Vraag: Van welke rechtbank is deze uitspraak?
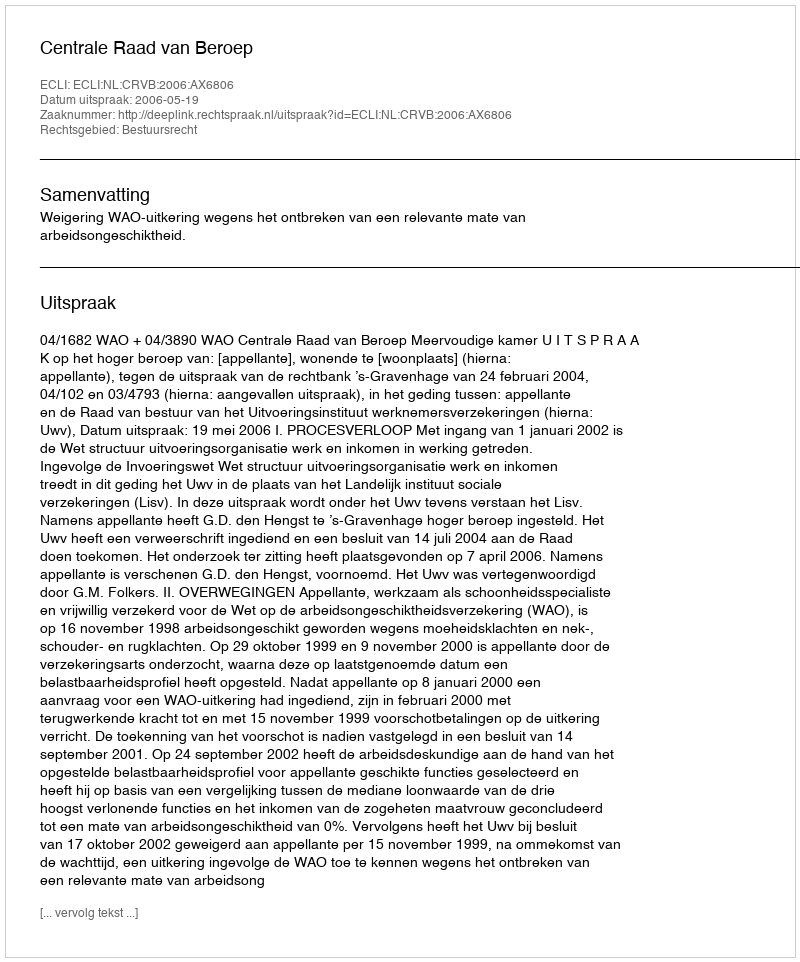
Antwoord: Centrale Raad van Beroep